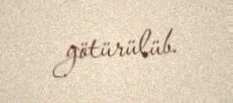
götürülüb.